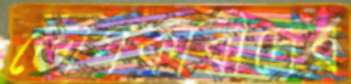
ভোগকারীদের